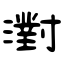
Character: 濧